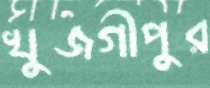
খুজগীপুর